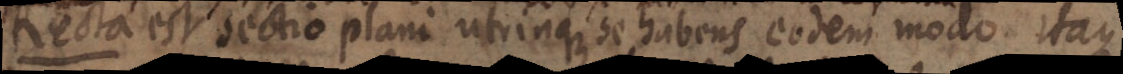
Recta est sectio plani utrinque se habens eodem modo itaque